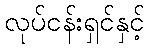
လုပ်ငန်းရှင်နှင့်